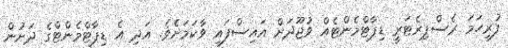
ފުރިހަމަ ރެސްޕިރެޓަރީ ޑިޕާޓްމެންޓެއް ވުޖޫދަށް އައިސްފައި ވާކަމަށެވެ. އަދި އެ ޑިޕާޓްމެންޓްގެ ދަށުން